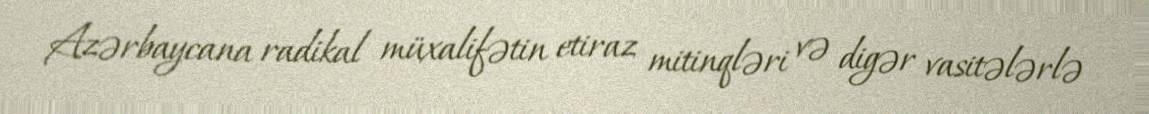
Azərbaycana radikal müxalifətin etiraz mitinqləri və digər vasitələrlə